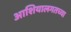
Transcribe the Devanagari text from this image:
आशियालगतच्या